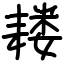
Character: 耧